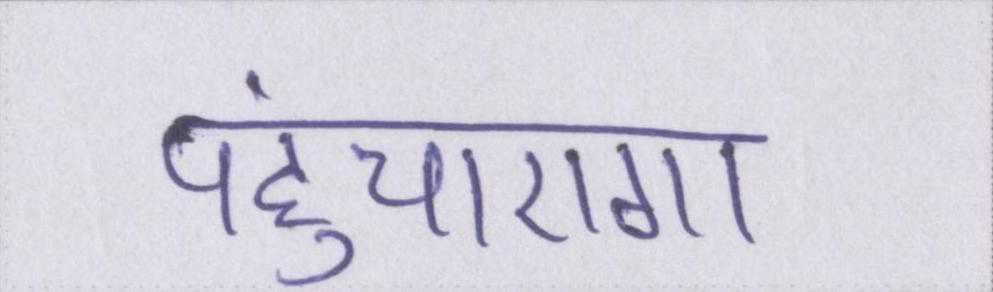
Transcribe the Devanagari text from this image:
पहुंचाएगा